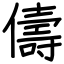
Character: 儔